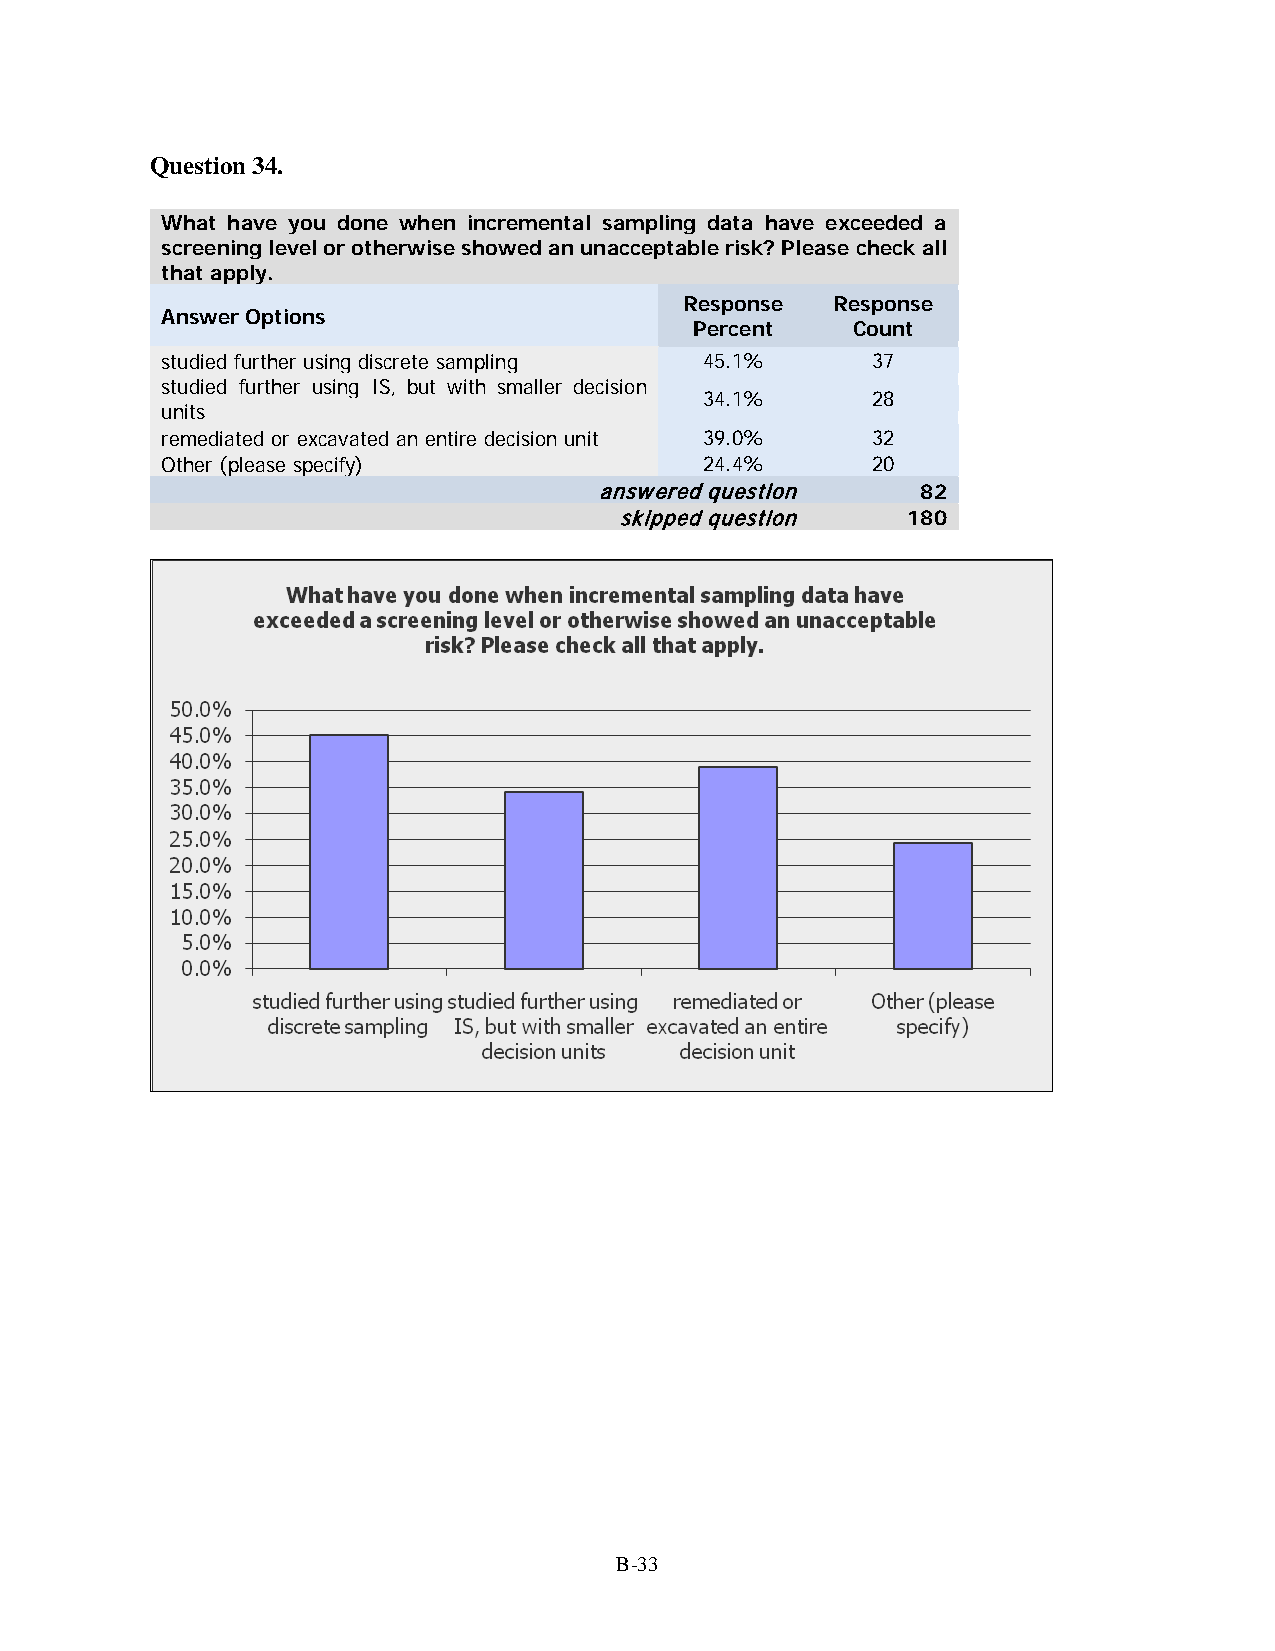
Question 34.
 What have you done when incremental sampling data have exceeded a
 screening level or otherwise showed an unacceptable risk? Please check all
 that apply.
 Response  Response
 Answer Options
 Percent   Count
 studied further using discrete sampling 45.1%  37
 studied further using IS, but with smaller decision
 34.1%      28
 units
 remediated or excavated an entire decision unit 39.0% 32
 Other (please specify)              24.4%      20
 answered question    82
 skipped question   180
 B-33